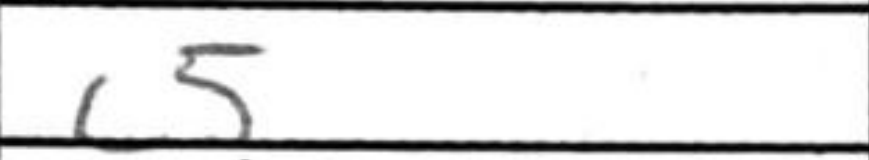
Transcription: c5